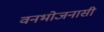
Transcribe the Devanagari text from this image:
वनभोजनासी